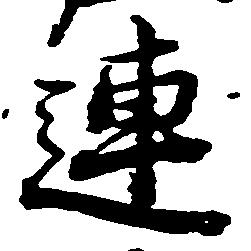
連